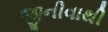
જીનીવાથી